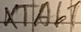
Text: XTAb7